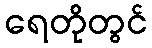
ရေတိုတွင်